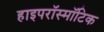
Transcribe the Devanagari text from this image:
हाइपरॉस्मॉटिक